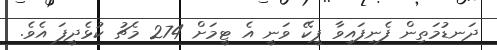
ދަނޑުމަތިން ފެނިފައިވާ ޕީކޭ ވަނީ އެ ޓީމަށް 274 މެޗު ކުޅެދީފަ އެވެ.